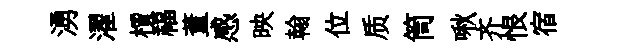
湧濯檟福董感映翰位质筒啾齐恨宿